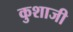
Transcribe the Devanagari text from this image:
कुशाजी